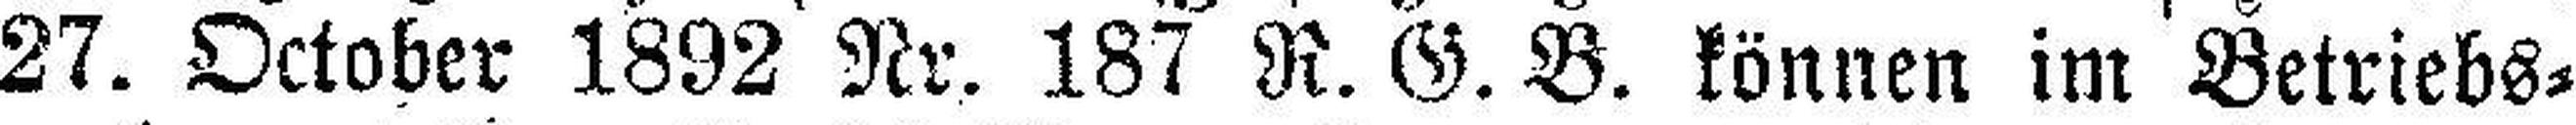
27. October 1892 Nr. 187 R. G. B. können im Betriebs¬